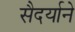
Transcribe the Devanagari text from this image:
सैदर्याने